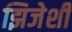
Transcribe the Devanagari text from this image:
झिजेशी